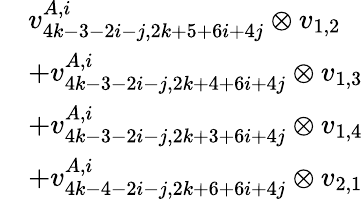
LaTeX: \begin{array}{rl}&{v_{4k-3-2i-j,2k+5+6i+4j}^{A,i}\otimes v_{1,2}}\\ &{+v_{4k-3-2i-j,2k+4+6i+4j}^{A,i}\otimes v_{1,3}}\\ &{+v_{4k-3-2i-j,2k+3+6i+4j}^{A,i}\otimes v_{1,4}}\\ &{+v_{4k-4-2i-j,2k+6+6i+4j}^{A,i}\otimes v_{2,1}}\end{array}